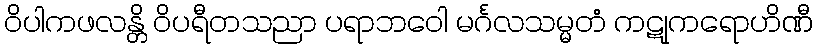
ဝိပါကဖလန္တိ ဝိပရီတသညာ ပရာဘဝေါ မင်္ဂလသမ္မတံ ကဋုကရောဟိဏီ